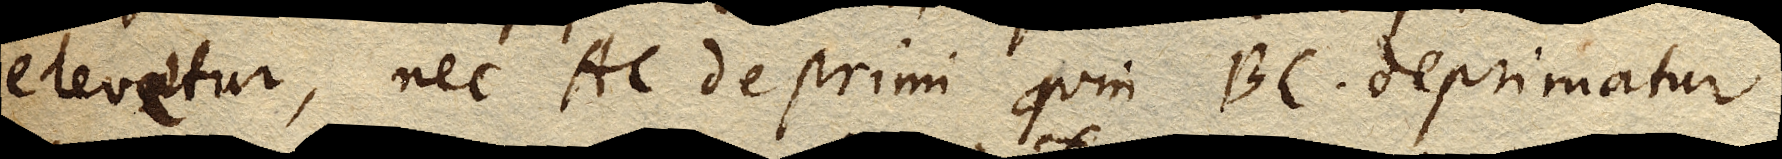
elevetur, nec AC deprimi quin BC deprimatur.